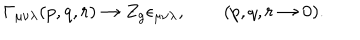
LaTeX: \Gamma _ { \mu \nu \lambda } ( p , q , r ) \to Z _ { g } \epsilon _ { \mu \nu \lambda } , \qquad ( p , q , r \to 0 ) .